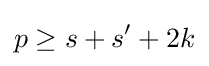
p\geq s+s'+2k